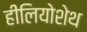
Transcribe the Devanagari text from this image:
हीलियोशेथ